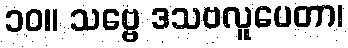
၁၀။ သဗ္ဗေ ဒသဗလူပေတာ၊